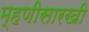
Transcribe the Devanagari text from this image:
म्हणीसारखी